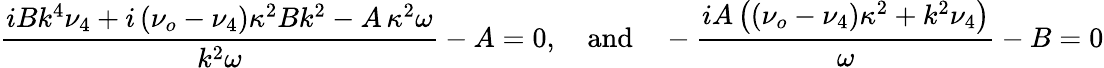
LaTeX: \frac{iBk^{4}\nu_{4}+i\left(\nu_{o}-\nu_{4}\right)\kappa^{2}Bk^{2}-A\, \kappa^{2}\omega}{k^{2}\omega}-A=0,\quad\textrm{and}\quad-\frac{iA\left(\left(\nu_{o}-\nu_{4}\right)\kappa^{2}+k^{2}\nu_{4}\right)}{\omega}-B=0